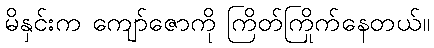
မိနှင်းက ကျော်ဇောကို ကြိတ်ကြိုက်နေတယ်။